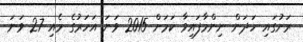
ރަށުގައި ހަދަން ނިންމާފައިވާ ކަމަށް 2015 ވަނަ އަހަރުގެ މެއި 27 ވަނަ